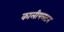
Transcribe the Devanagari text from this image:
कालीपलटन